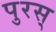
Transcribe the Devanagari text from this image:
पुरस्